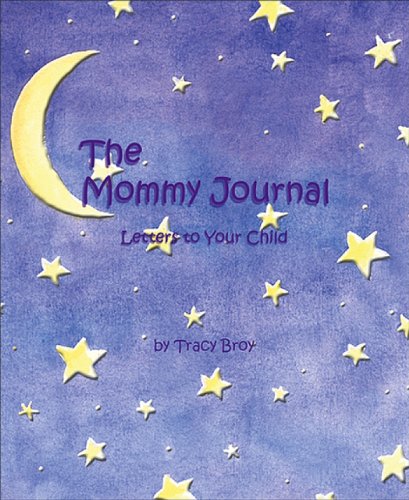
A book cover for The Mommy Journal: Letters To Your Child; Tracy Broy; Parenting & Relationships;